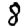
Digit: 8